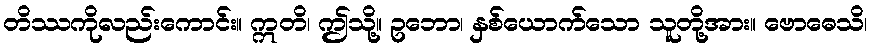
တိဿကိုလည်းကောင်း။ ဣတိ၊ ဤသို့။ ဥဘော၊ နှစ်ယောက်သော သူတို့အား။ ဗောဓေသိ၊